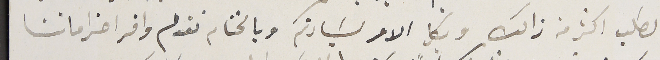
لطلب اكثر من ذالك وبكل الامر لسَيادتكم وبالختام نقدم وافر احتراماتنا